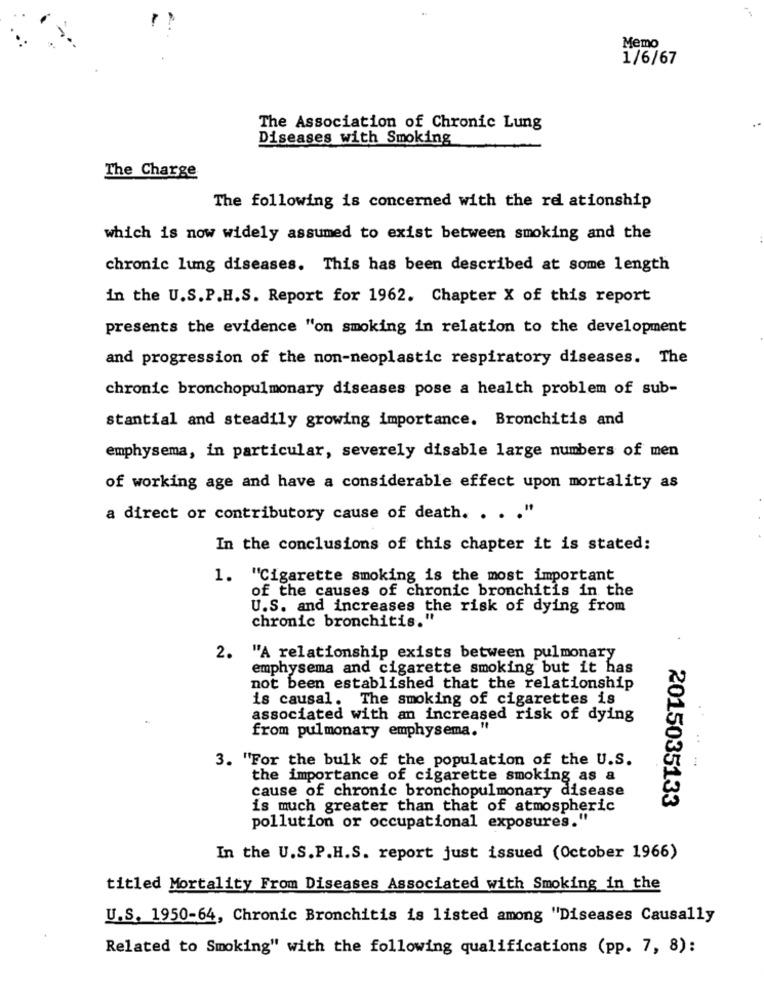
Memo
1/6/67
The Association of Chronic Lung
Diseases with Smoking
The Charge
The following is concerned with the rel ationship
which is now widely assumed to exist between smoking and the
chronic lung diseases. This has been described at some length
in the U.S. P.H.S. Report for 1962. Chapter X of this report
presents the evidence "on smoking in relation to the development
and progression of the non-neoplastic respiratory diseases. The
chronic bronchopulmonary diseases pose a health problem of sub-
stantial and steadily growing importance. Bronchitis and
emphysema, in particular, severely disable large numbers of men
of working age and have a considerable effect upon mortality as
a direct or contributory cause of death. . . . "
In the conclusions of this chapter it is stated:
1. "Cigarette smoking is the most important
of the causes of chronic bronchitis in the
U.S. and increases the risk of dying from
chronic bronchitis."
2. "A relationship exists between pulmonary
emphysema and cigarette smoking but it has
not been established that the relationship
is causal. The smoking of cigarettes is
associated with an increased risk of dying
from pulmonary emphysema. "
3. "For the bulk of the population of the U.S.
the importance of cigarette smoking as a
cause of chronic bronchopulmonary disease
is much greater than that of atmospheric
2015035133
pollution or occupational exposures."
In the U.S.P.H.S. report just issued (October 1966)
titled Mortality From Diseases Associated with Smoking in the
U.S. 1950-64, Chronic Bronchitis is listed among "Diseases Causally
Related to Smoking" with the following qualifications (pp. 7, 8):